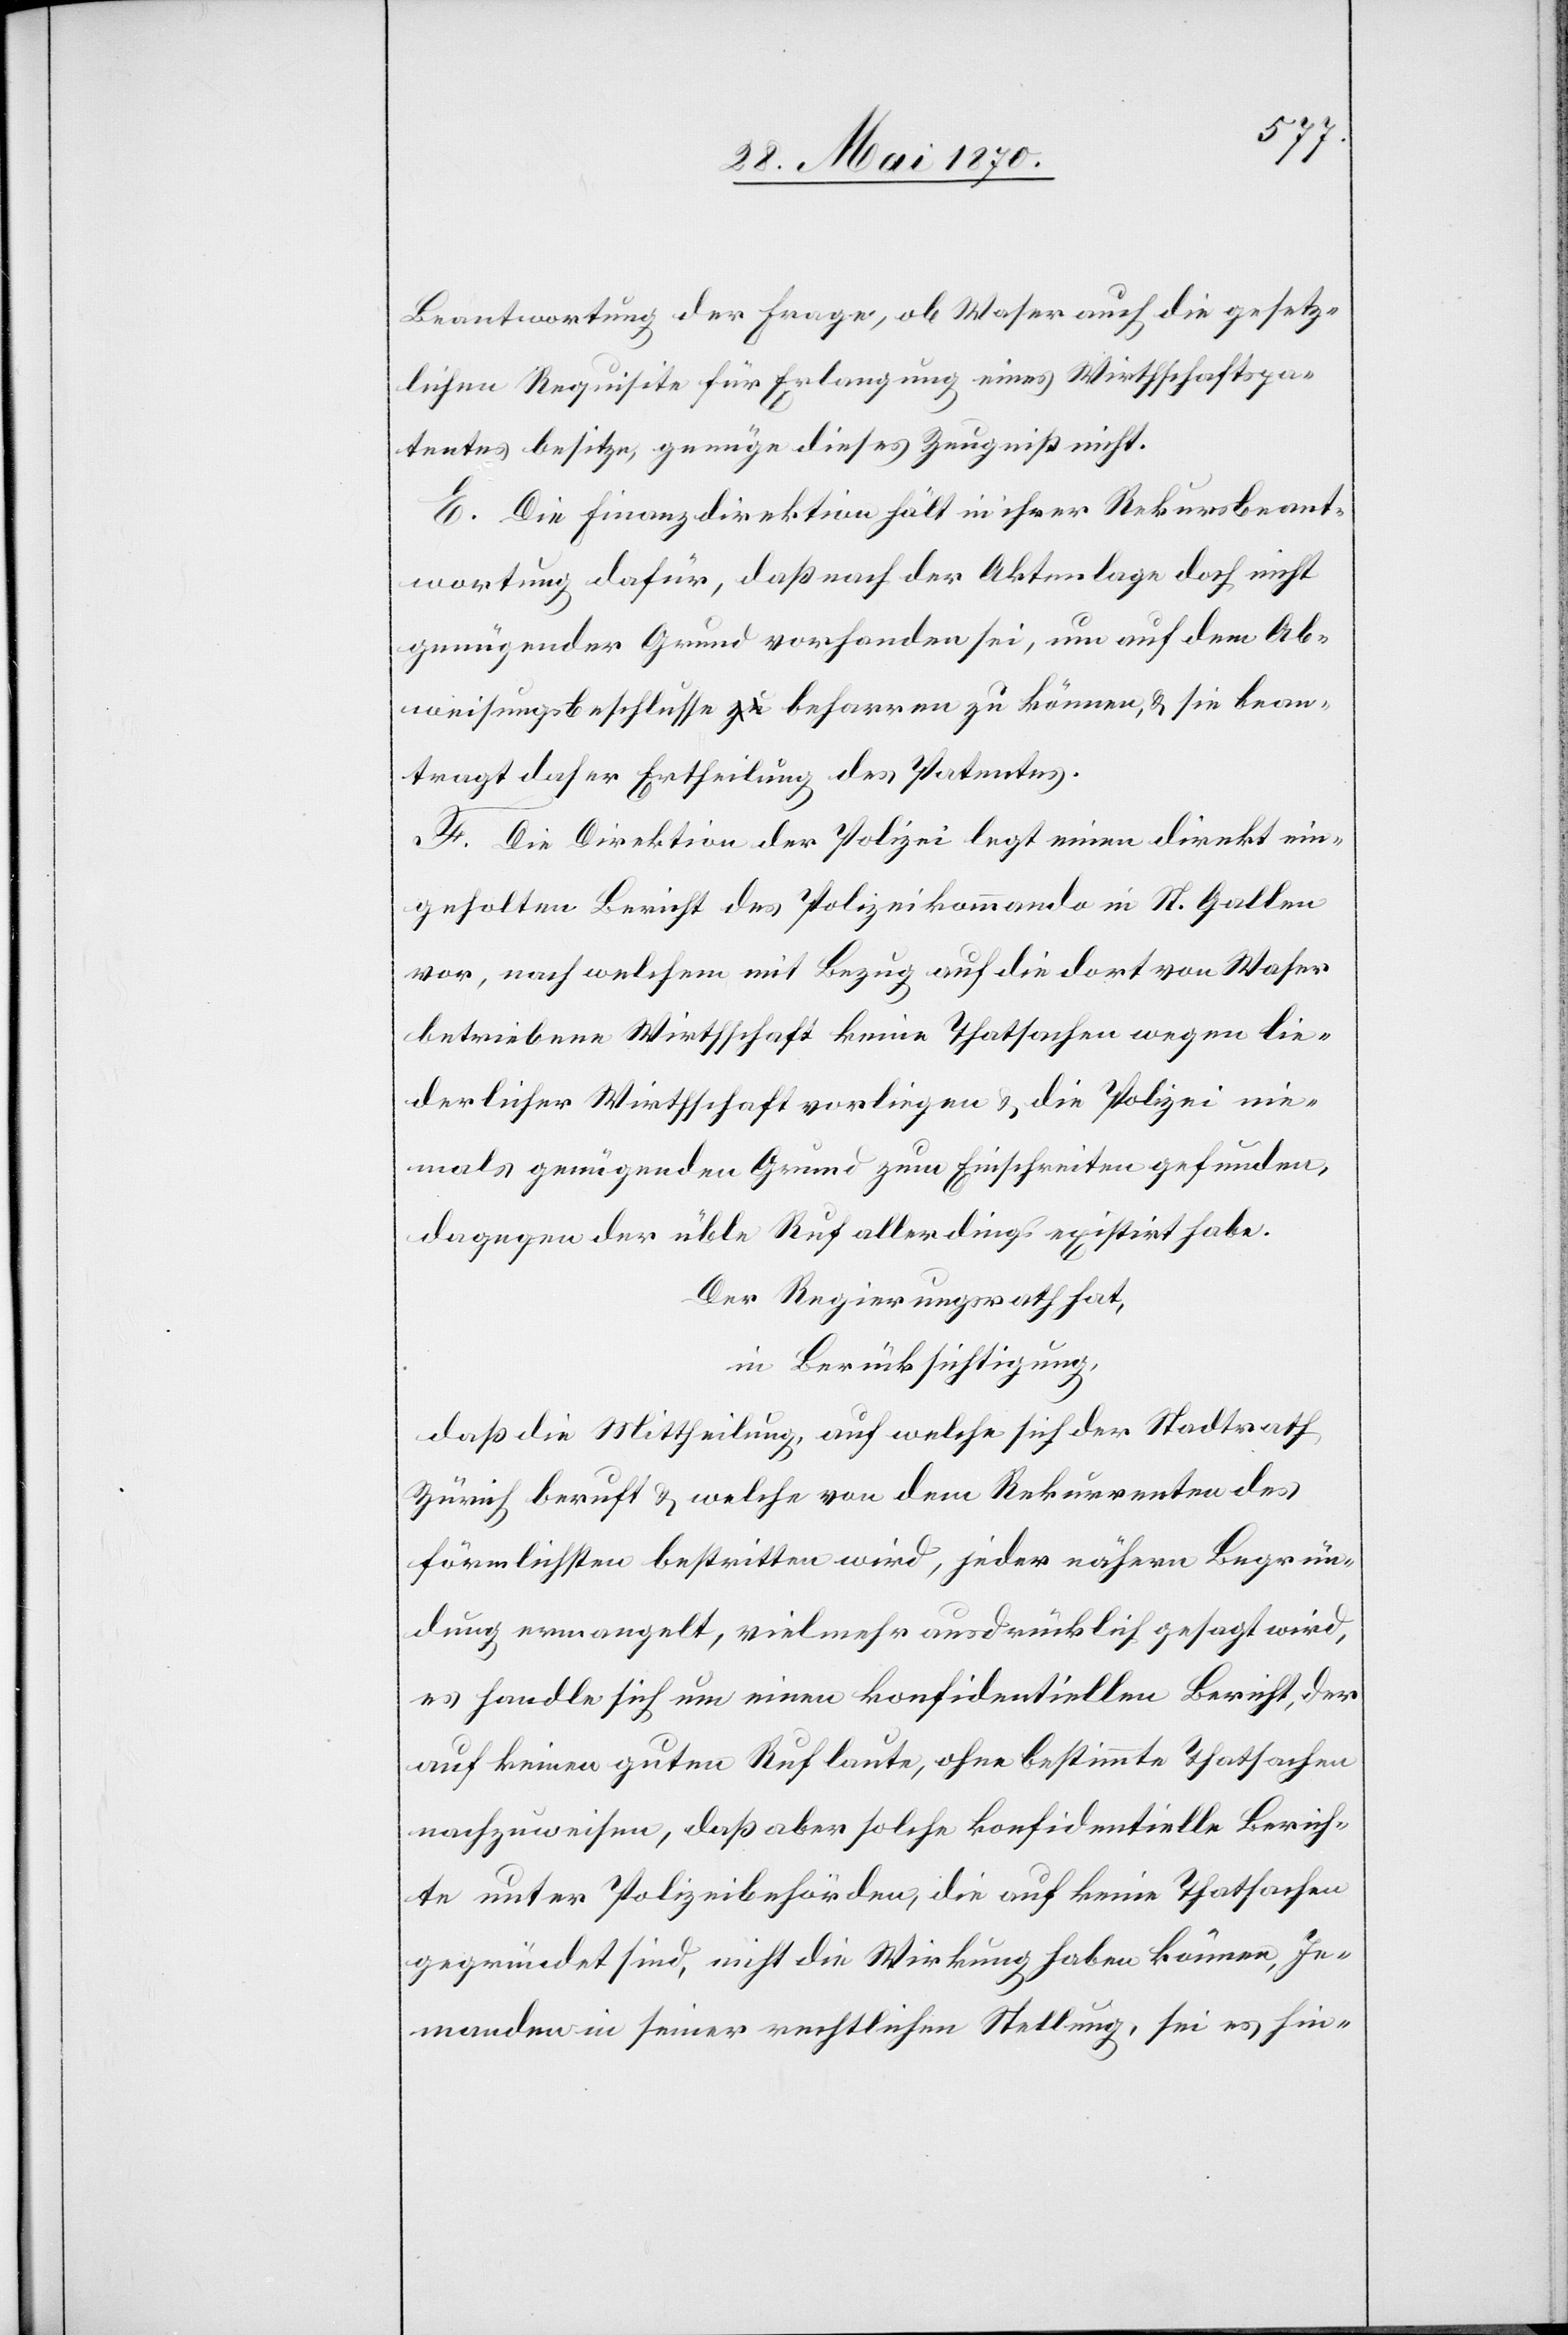
Beantwortung der Frage, ob Waser auch die gesetz¬
lichen Requisite für Erlangung eines Wirthschaftspa¬
tentes besitze, genüge dieses Zeugniß nicht.
E. Die Finanzdirektion hält in ihrer Rekursbeant¬
wortung dafür, daß nach der Aktenlage doch nicht
genügender Grund vorhanden sei, um auf dem Ab¬
weisungsbeschlusse a-zu-a beharren zu können, & sie bean¬
tragt daher Ertheilung des Patentes.
F. Die Direktion der Polizei legt einen direkt ein¬
geholten Bericht des Polizeikommando in St. Gallen
vor, nach welchem mit Bezug auf die dort von Waser
betriebene Wirthschaft keine Thatsachen wegen lie¬
derlicher Wirthschaft vorliegen & die Polizei nie¬
mals genügenden Grund zum Einschreiten gefunden,
dagegen der üble Ruf allerdings existirt habe.
Der Regierungsrath hat,
in Berücksichtigung,
daß die Mittheilung, auf welche sich der Stadtrath
Zürich beruft & welche von dem Rekurrenten des
förmlichsten bestritten wird, jeder nähern Begrün¬
dung ermangelt, vielmehr ausdrücklich gesagt wird,
es handle sich um einen konfidentiellen Bericht, der
auf keinen guten Ruf laute, ohne bestimmte Thatsachen
nachzuweisen, daß aber solche konfidentielle Berich¬
te unter Polizeibehörden, die auf keine Thatsachen
gegründet sind, nicht die Wirkung haben können, Je¬
manden in seiner rechtlichen Stellung, sei es hin-